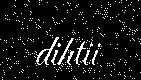
dihtii